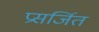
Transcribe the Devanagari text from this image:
प्रसर्जित